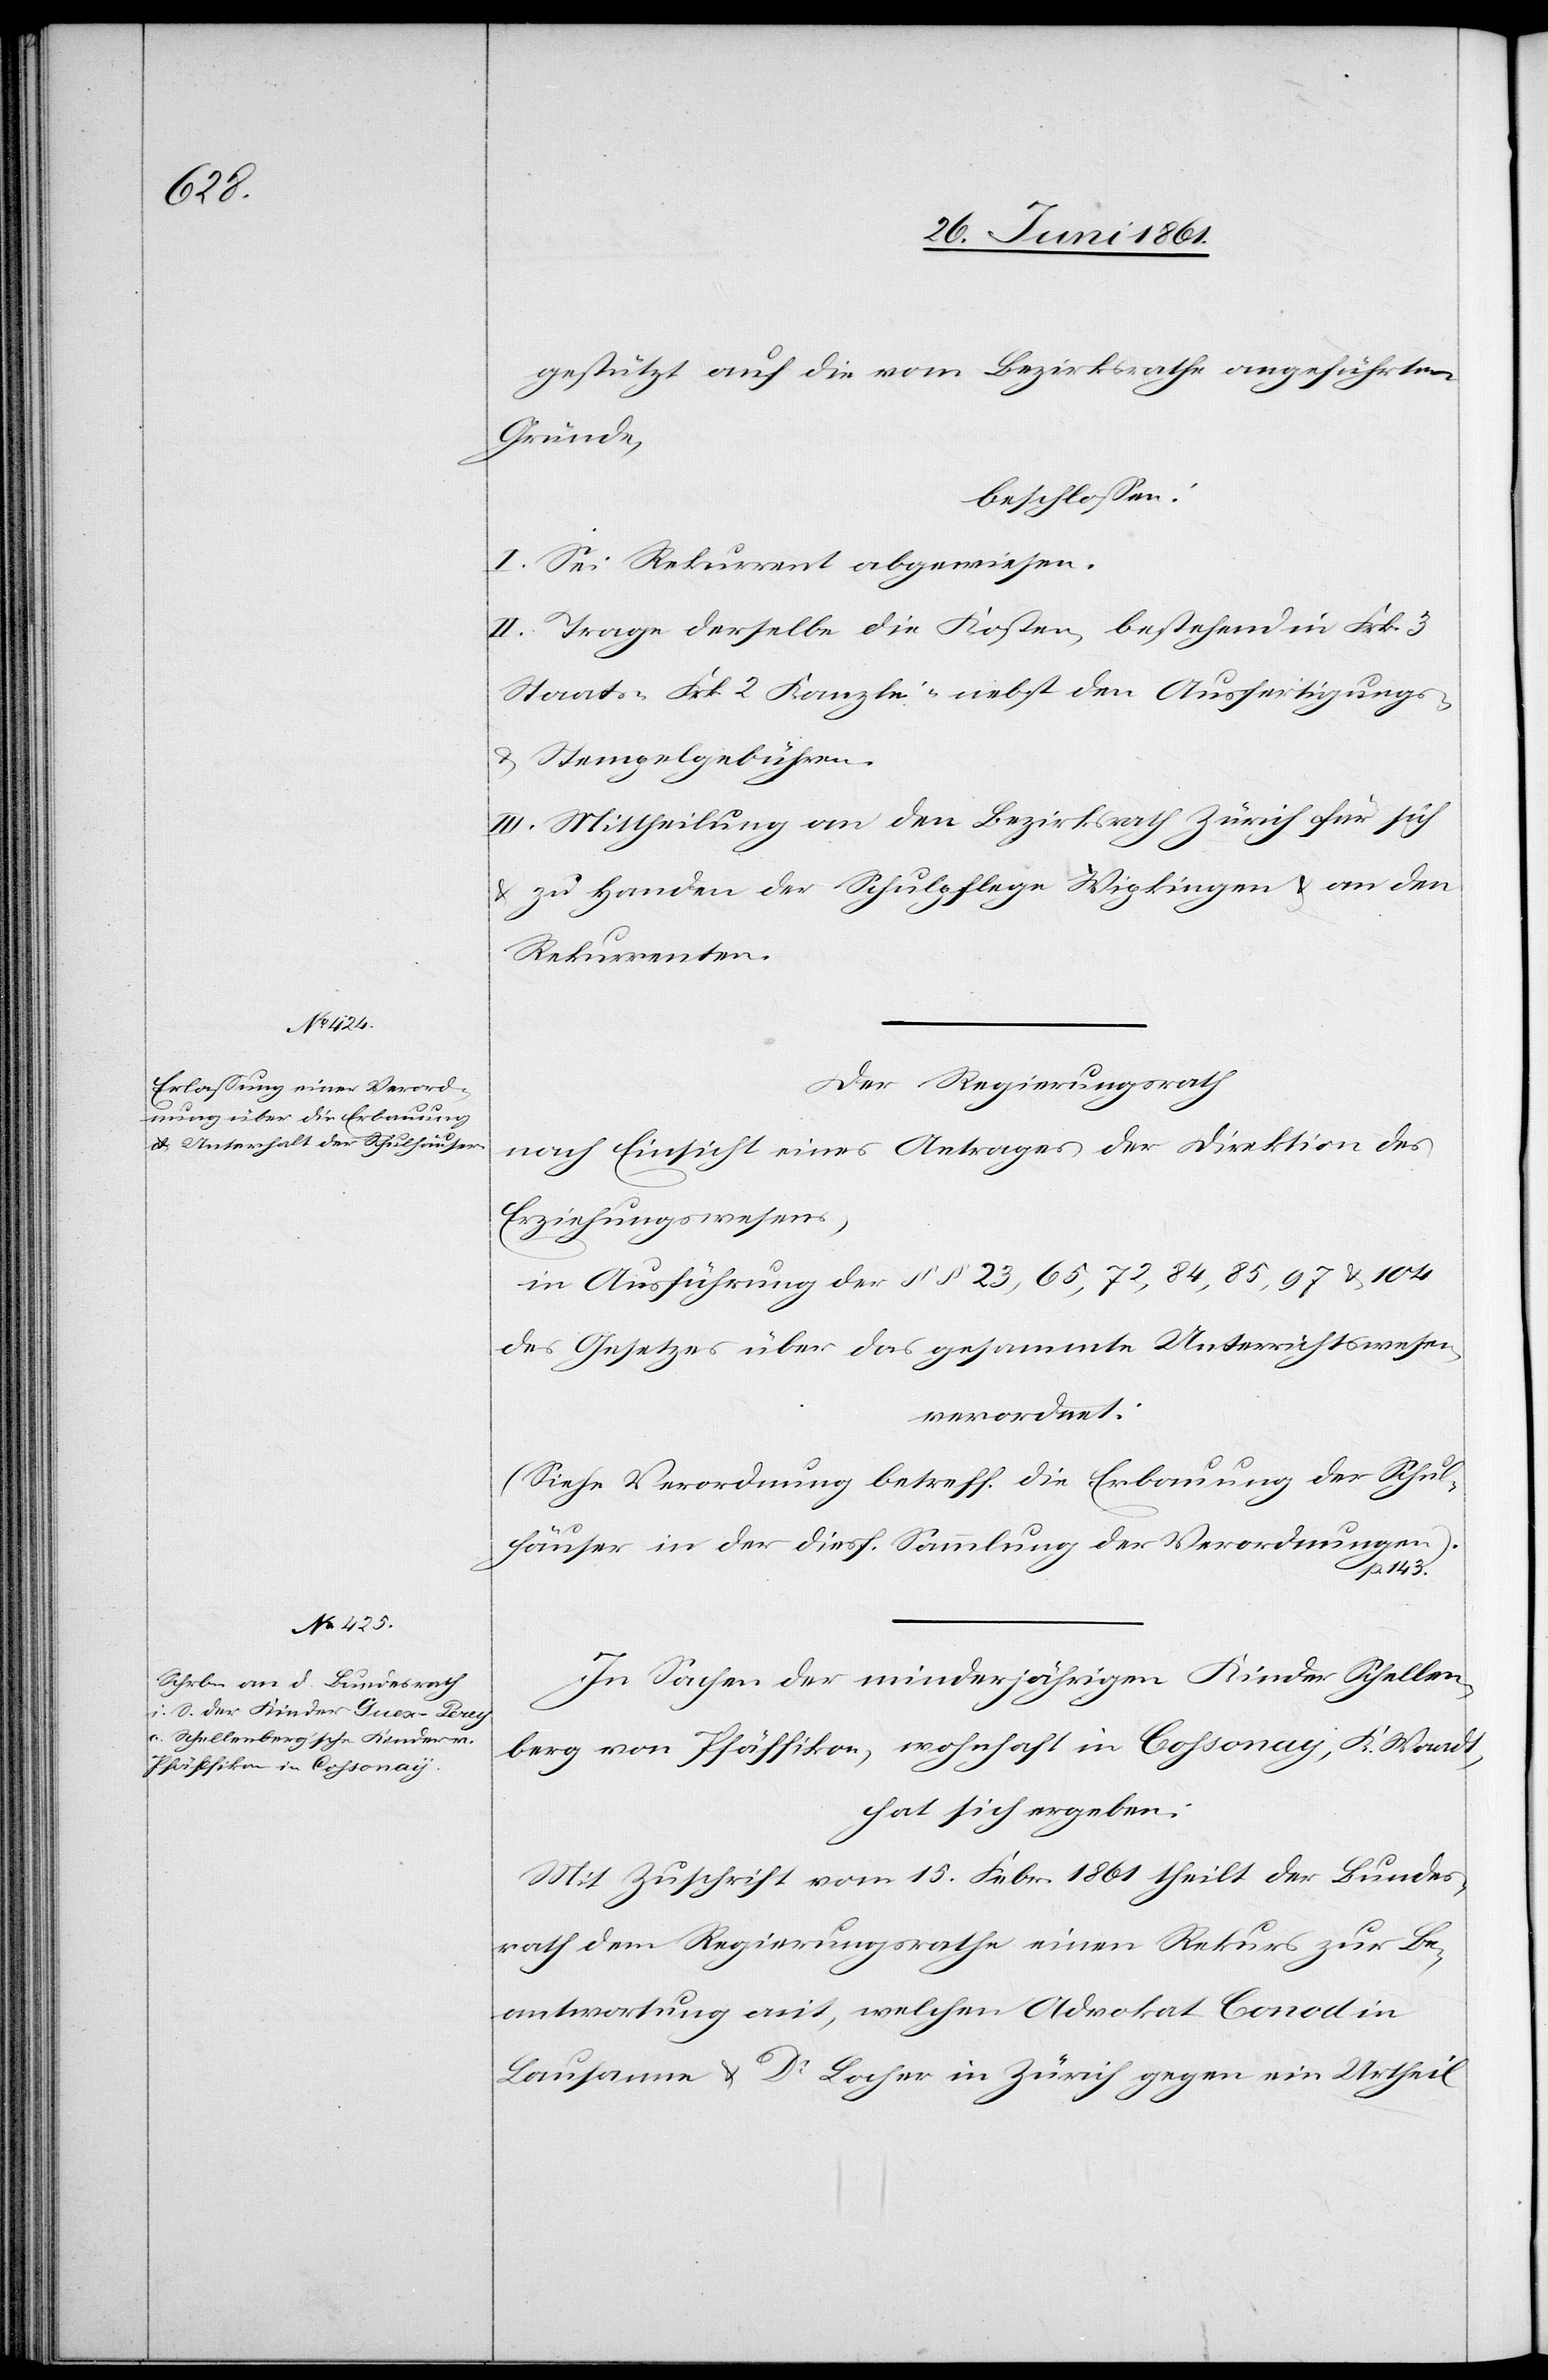
143)

gestützt auf die vom Bezirksrathe angeführten
Gründe,
beschlossen:
I. Sei Rekurrent abgewiesen.
II. Trage derselbe die Kosten, bestehend in Frk. 3
Staats-[,] Frk. 2 Kanzlei- nebst den Ausfertigungs-
u. Stempelgebühren.
III. Mittheilung an den Bezirksrath Zürich für sich
u. zu Handen der Schulpflege Wipkingen u. an den
Rekurrenten.
Der Regierungsrath
nach Einsicht eines Antrages der Direktion des
Erziehungswesens,
in Ausführung der §§ 23, 65, 84, 97 u. 104
des Gesetzes über das gesammte Unterrichtswesen,
verordnet:
(Siehe Verordnung betreff. die Erbauung der Schul¬
häuser in der diesf. Sammlung der Verordnungen
In Sachen der minderjährigen Kinder Schellen¬
p.
berg von Pfäffikon, wohnhaft in Cossonay, K. Waadt,
hat sich ergeben:
Mit Zuschrift vom 15. Febr. 1861 theilt der Bundes¬
rath dem Regierungsrathe einen Rekurs zur Be¬
antwortung mit, welchen Advokat Conod in
Lausanne u. Dr. Locher in Zürich gegen ein Urtheil